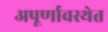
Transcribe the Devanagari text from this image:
अपूर्णावस्थेत